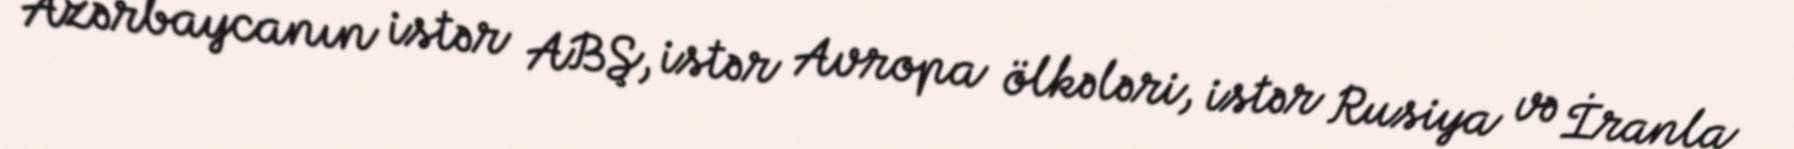
Azərbaycanın istər ABŞ, istər Avropa ölkələri, istər Rusiya və İranla